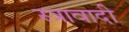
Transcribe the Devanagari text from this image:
स्त्रावादी